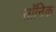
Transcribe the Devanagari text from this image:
सॉनिक